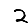
Digit: 2